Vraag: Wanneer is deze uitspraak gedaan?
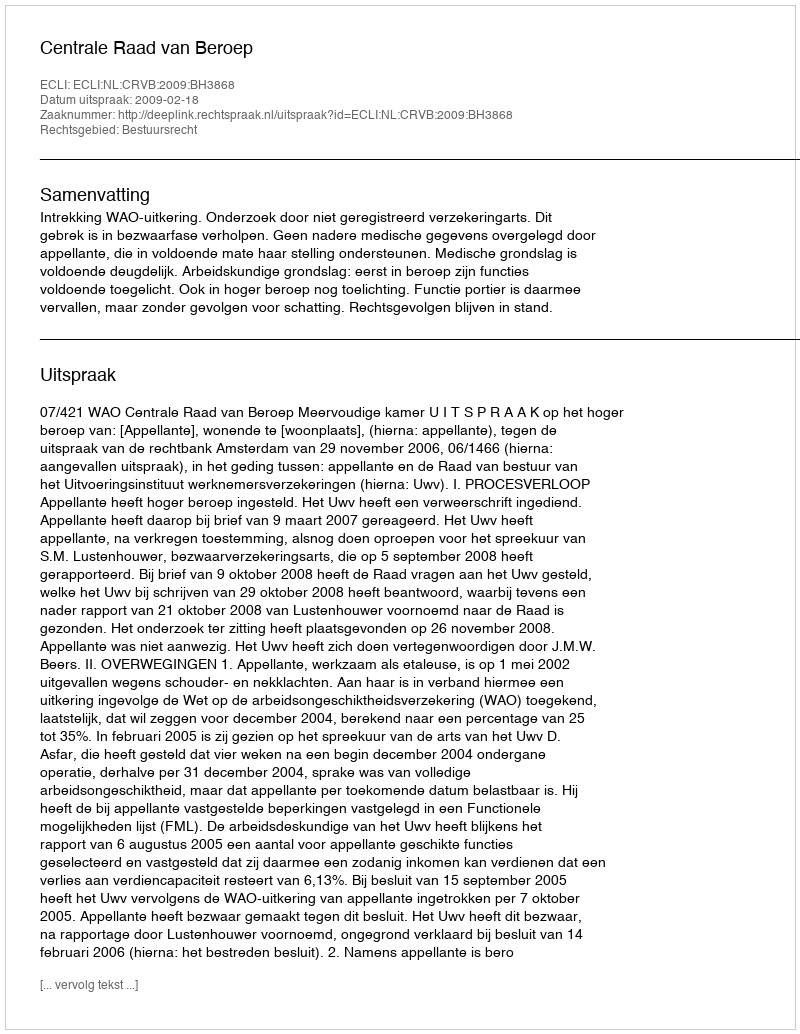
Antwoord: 2009-02-18